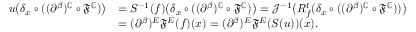
\begin{array} { r l } { u \bigl ( \delta _ { x } \circ ( ( \partial ^ { \beta } ) ^ { \mathbb { C } } \circ \mathfrak { F } ^ { \mathbb { C } } ) \bigr ) } & { = S ^ { - 1 } ( f ) \bigl ( \delta _ { x } \circ ( ( \partial ^ { \beta } ) ^ { \mathbb { C } } \circ \mathfrak { F } ^ { \mathbb { C } } ) \bigr ) = \mathcal { J } ^ { - 1 } \bigl ( R _ { f } ^ { t } ( \delta _ { x } \circ ( ( \partial ^ { \beta } ) ^ { \mathbb { C } } \circ \mathfrak { F } ^ { \mathbb { C } } ) ) \bigr ) } \\ & { = ( \partial ^ { \beta } ) ^ { E } \mathfrak { F } ^ { E } ( f ) ( x ) = ( \partial ^ { \beta } ) ^ { E } \mathfrak { F } ^ { E } ( S ( u ) ) ( x ) . } \end{array}